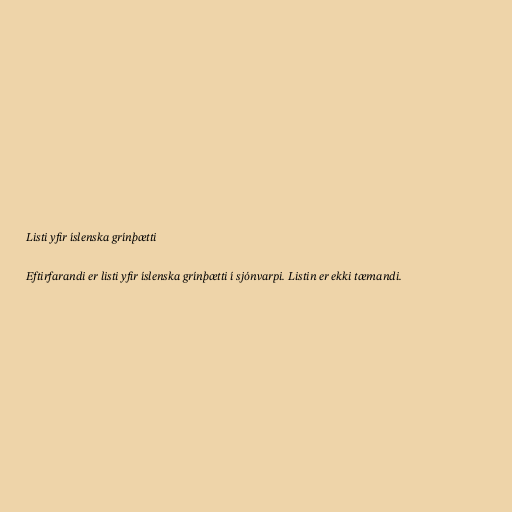
Listi yfir íslenska grínþætti

Eftirfarandi er listi yfir íslenska grínþætti í sjónvarpi. Listin er ekki tæmandi.